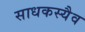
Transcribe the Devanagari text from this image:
साधकस्यैव